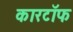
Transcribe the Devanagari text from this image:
कारटॉफ